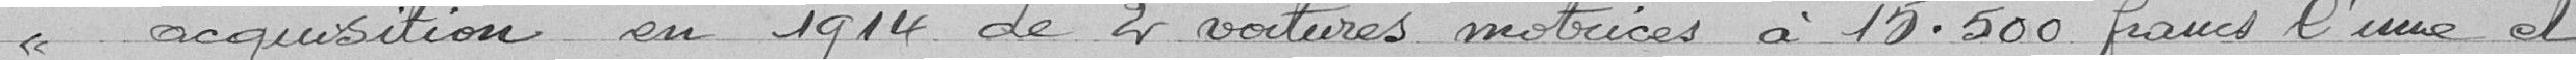
"acquisition en 1914 de 2 voitures motrices à 15.500 francs l'une et